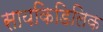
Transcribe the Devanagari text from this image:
सायकिडिलिक